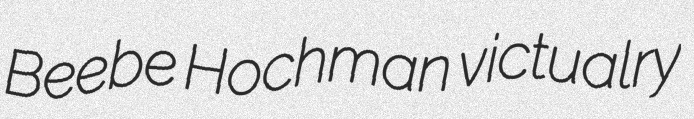
Beebe Hochman victualry